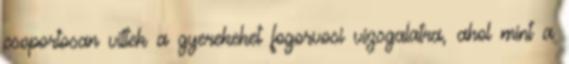
csoportosan vittek a gyerekeket fogorvosi vizsgalatra, ahol mint a